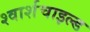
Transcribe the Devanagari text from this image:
श्वार्शचाइल्ड